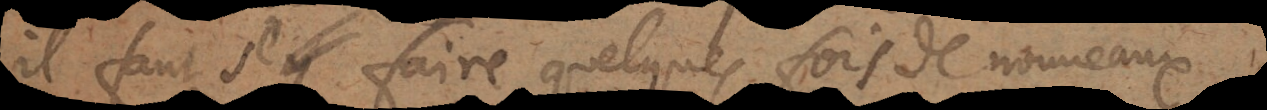
il faut se faire quelques fois de nouveaux